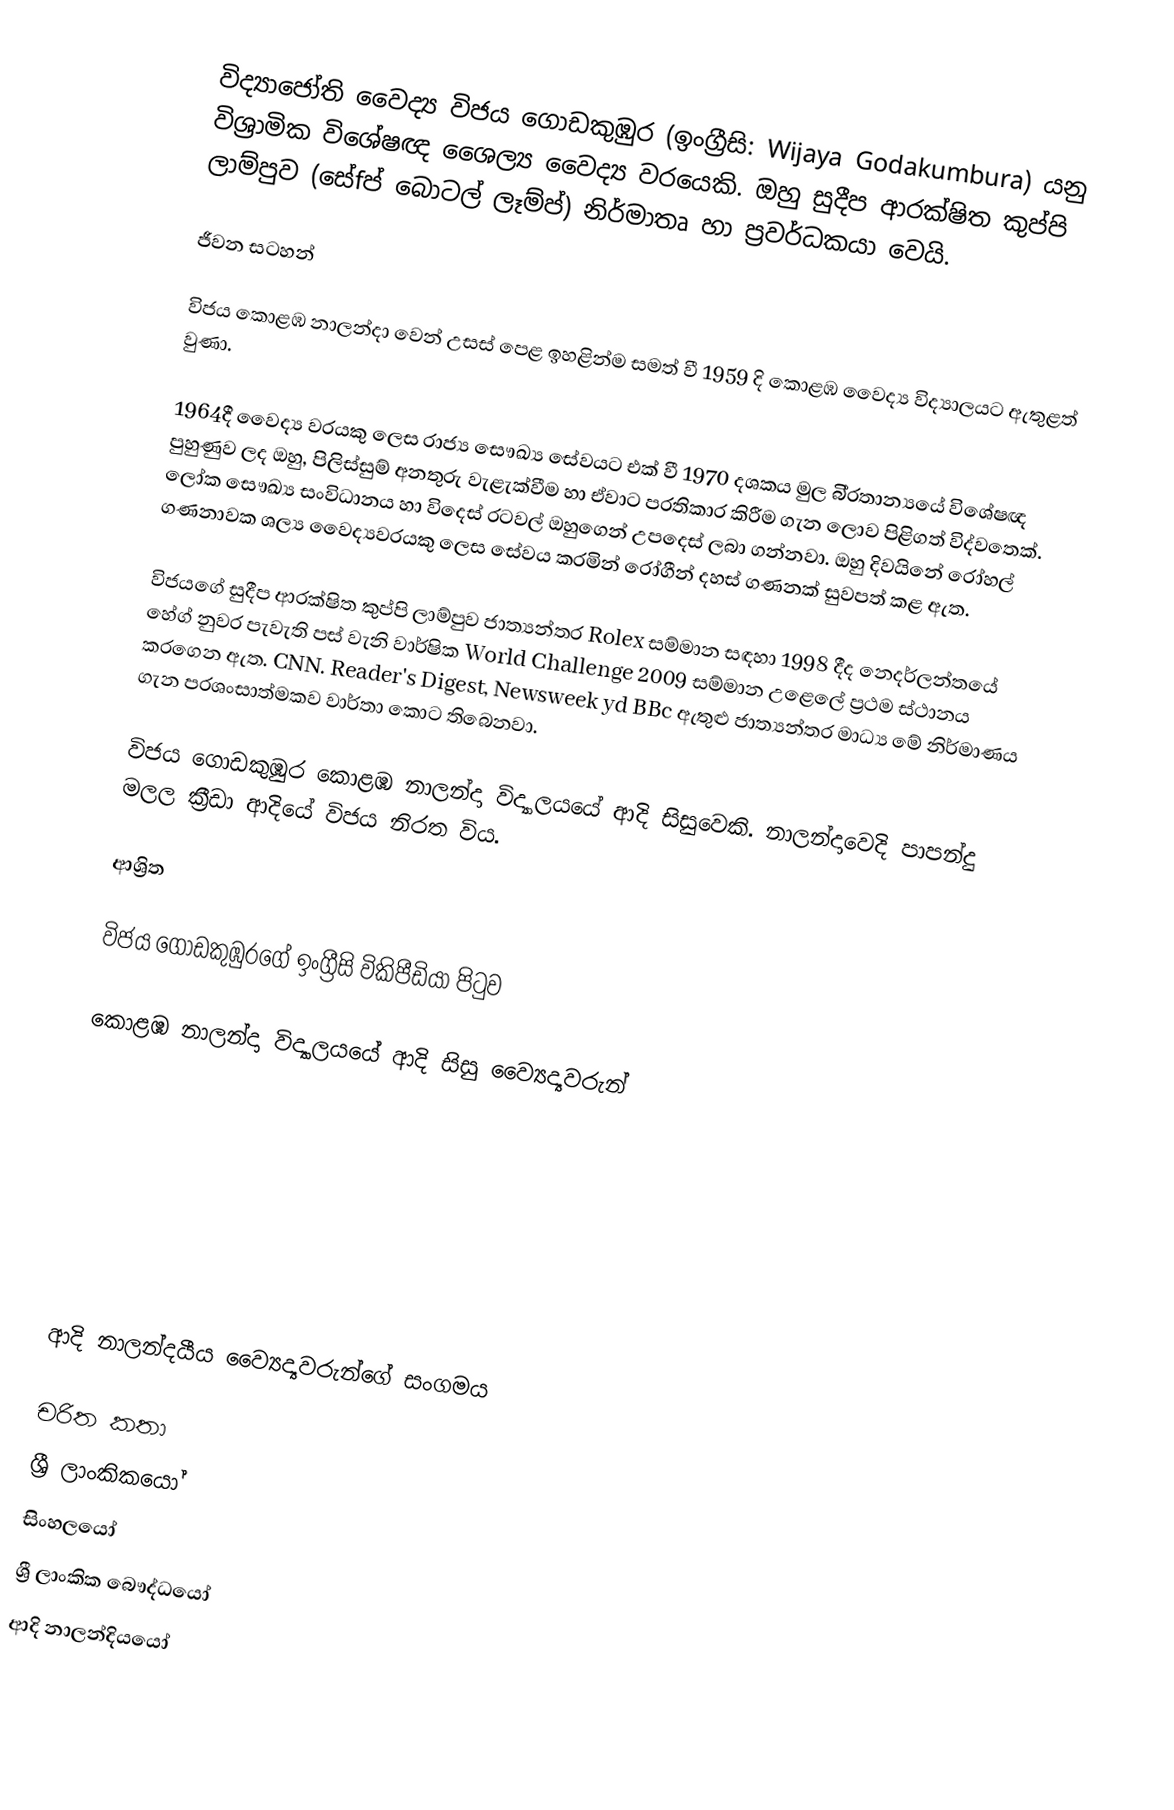
විද්‍යාජෝති වෛද්‍ය විජය ගොඩකුඹුර (ඉංග්‍රීසි:  Wijaya Godakumbura) යනු විශ්‍රාමික විශේෂඥ ශෛල්‍ය වෛද්‍ය වරයෙකි. ඔහු සුදීප ආරක්ෂිත කුප්පි ලාම්පුව (සේfප් බොටල් ලෑම්ප්) නිර්මාතෘ හා ප‍්‍රවර්ධකයා වෙයි.

ජීවන සටහන්

විජය කොළඹ නාලන්දා වෙන් උසස් පෙළ ඉහළින්ම සමත් වී 1959 දි කොළඹ වෛද්‍ය විද්‍යාලයට ඇතුළත් වුණා.

1964දී වෛද්‍ය වරයකු ලෙස රාජ්‍ය සෞඛ්‍ය සේවයට එක් වී 1970 දශකය මුල බි‍්‍රතාන්‍යයේ විශේෂඥ පුහුණුව ලද ඔහු, පිලිස්සුම් අනතුරු වැළැක්වීම හා ඒවාට ප‍්‍රතිකාර කිරීම ගැන ලොව පිළිගත් විද්වතෙක්. ලෝක සෞඛ්‍ය සංවිධානය හා විදෙස් රටවල් ඔහුගෙන් උපදෙස් ලබා ගන්නවා. ඔහු දිවයිනේ රෝහල් ගණනාවක ශල්‍ය වෛද්‍යවරයකු ලෙස සේවය කරමින් රෝගීන් දහස් ගණනක් සුවපත් කළ ඇත.

විජයගේ සුදීප ආරක්ෂිත කුප්පි ලාම්පුව ජාත්‍යන්තර Rolex සම්මාන සඳහා 1998 දීද නෙදර්ලන්තයේ හේග් නුවර පැවැති පස්‌ වැනි වාර්ෂික World Challenge 2009 සම්මාන උළෙලේ ප්‍රථම ස්‌ථානය කරගෙන ඇත. CNN. Reader's Digest, Newsweek yd BBc ඇතුළු ජාත්‍යන්තර මාධ්‍ය මේ නිර්මාණය ගැන ප‍්‍රශංසාත්මකව වාර්තා කොට තිබෙනවා.

විජය ගොඩකුඹුර  කොළඹ නාලන්දා විද්‍යාලයයේ ආදි සිසුවෙකි. නාලන්දාවෙදි පාපන්දු මලල ක්‍රීඩා ආදියේ විජය නිරත විය.

ආශ්‍රිත

 විජය ගොඩකුඹුරගේ ඉංග්‍රීසි විකිපීඩියා පිටුව

 කොළඹ නාලන්දා විද්‍යාලයයේ ආදි සිසු ව්‍යෛද්‍යවරුන්

 ආදි නාලන්දයීය ව්‍යෛද්‍යවරුන්ගේ සංගමය

චරිත කතා
ශ්‍රී ලාංකිකයෝ
සිංහලයෝ
ශ්‍රී ලාංකික බෞද්ධයෝ
ආදි නාලන්දියයෝ